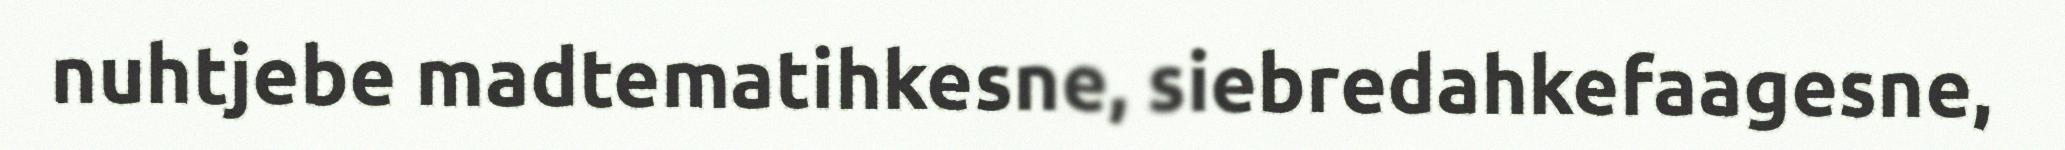
nuhtjebe madtematihkesne, siebredahkefaagesne,